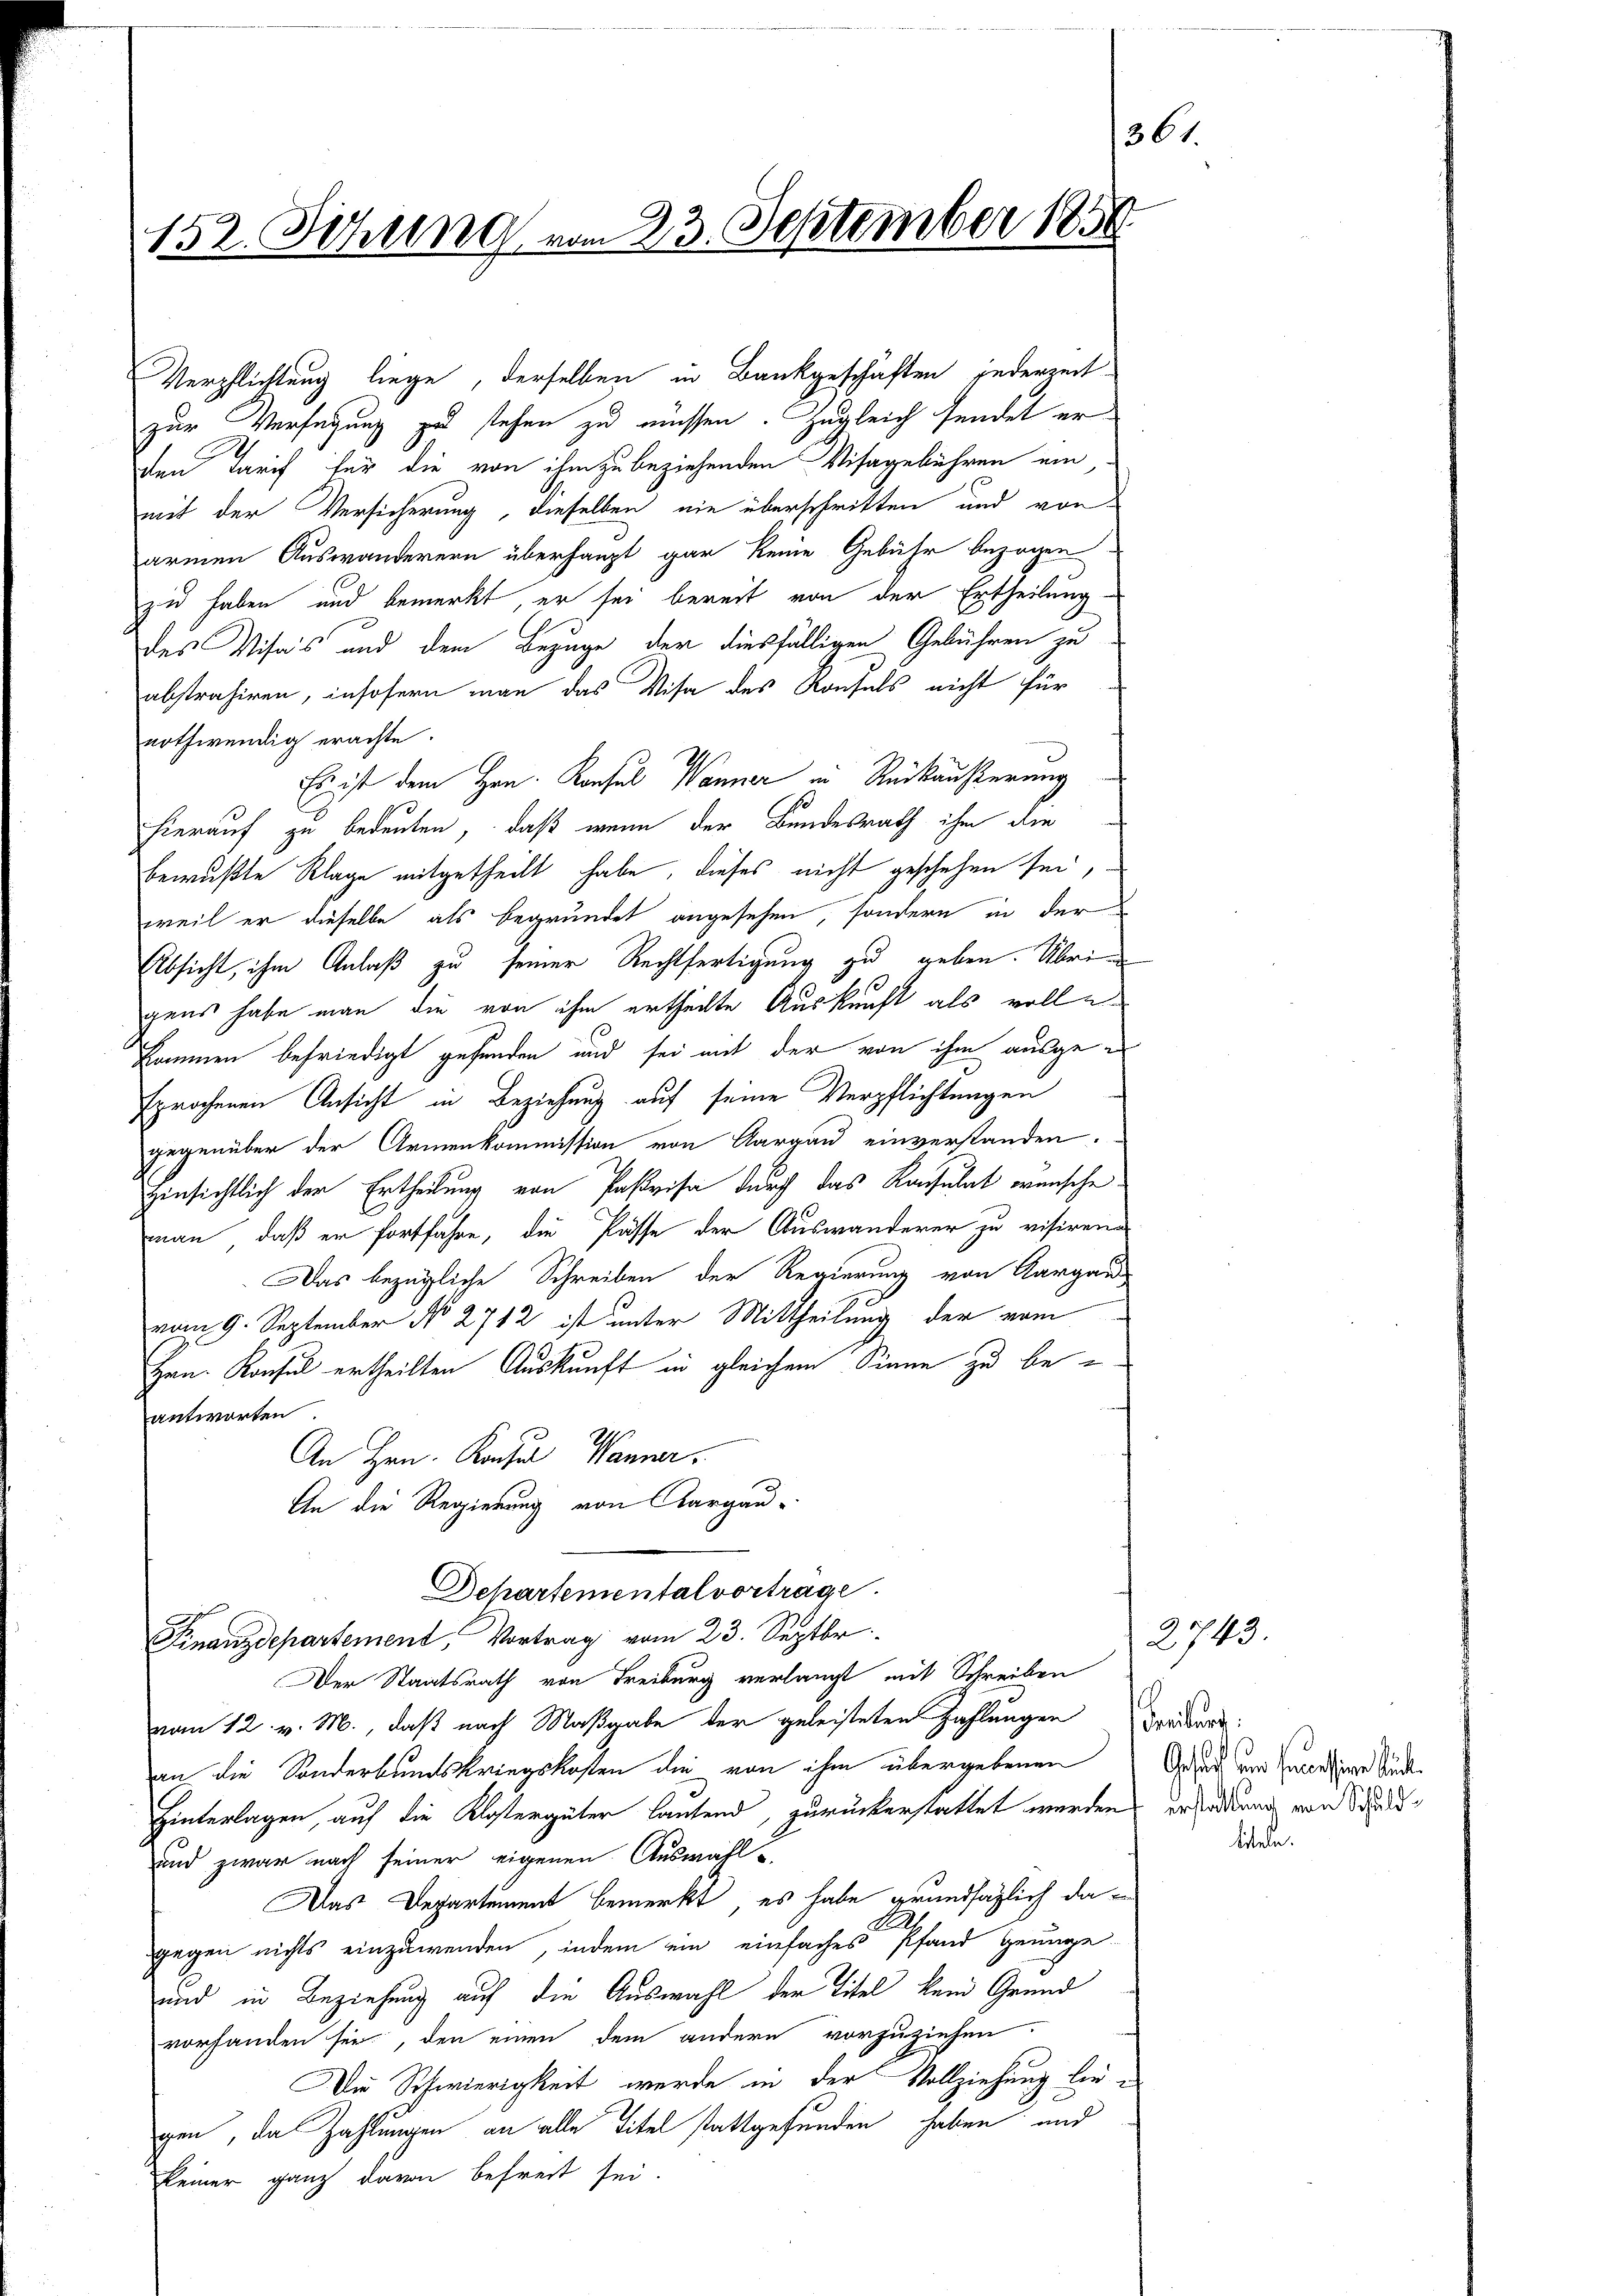
152. Sitzung vom 23. September 1850

Verpflichtung liege, derselben in Bankgeschäften jederzeit
zur Verfügung zu stehen zu müssen. Zugleich sendet er
den Tarif für die von ihm zu beziehenden Visagebühren ein
mit der Versicherung, dieselben nie überschritten und vor
armen Auswanderern überhaupt gar keine Gebühr bezogen
zu haben und bemerkt, er sei bereit von der Ertheilung
des Visis und dem Bezuge der diesfälligen Gebühren zu
abstrahiren, insofern man das Visa des Konsuls nicht für
nothwendig erachte.
Es ist dem Hrn. Konsul Wanner in Rückäußerung
hierauf zu bedeuten, daß wenn der Bundesrath ihm die
bewußte Klage mitgetheilt habe, dieses nicht geschehen sei,
weil er dieselbe als begründet angesehen, sondern in der
Absicht, ihm Anlaß zu seiner Rechtfertigung zu geben. Übri
gens habe man die von ihm ertheilte Auskunft als volle
kommen befriedigt gefunden und sei mit der von ihm ausgesprochenen Ansicht in Beziehung auf seine Verpflichtungen
gegenüber der Armenkommission von Aargau einverstanden.
Hinsichtlich der Ertheilung von Pastvisa durch das Konsulat wünsche
man, daß er fortfahre, die Pässe der Auswanderer zu visirend
Das bezügliche Schreiben der Regierung von Aargau
vom 9. September No 2712 ist unter Mittheilung der vom
Hrn. Konsul ertheilten Auskunft in gleichem Sinne zu beantworten
An Hrn. Konsul Wanner
An die Regierung von Aargau-
Departemental vortrage.
Finanzdepartement, Vortrag vom 23. Septbr.
Der Staatsrath von Freiburg verlangt mit Schreiben
vom 12. v. M., daß nach Maßgabe der geleisteten Zahlungen Bruder-
an die Sonderbundskriegskosten die von ihm übergebenen
Hinterlagen, auf die Klostergüter lautend, zurückerstattet werden erladung von Studi¬
und zwar nach seiner eigenen Auswahl u
Das Departement bemerkt, es habe grundsäglich da
gegen nichts einzuwenden, indem ein einfaches Pfand genuge-
und in Beziehung auf die Auswahl der Titel kann Grund
vorhanden sei, den einen dem andern vorzuziehen
Die Schwierigkeit werde in der Vollziehung liegen, das Zahlungen an alle Titel stattgefunden haben und
keiner ganz davon befreit sei.

361.

Gesucht seine successingen Rud.

2743.

biteln.